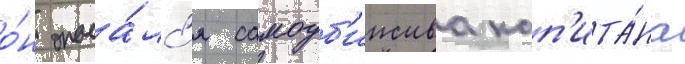
о́н опаса́лс'я самоуб'ииства кап'ита́на